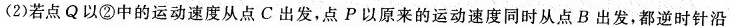
(2)若点Q以②中的运动速度从点C出发，点P以原来的运动速度同时从点B出发，都逆时针沿